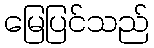
မြေပြင်သည်